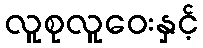
လူစုလူဝေးနှင့်